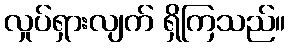
လှုပ်ရှားလျက် ရှိကြသည်။